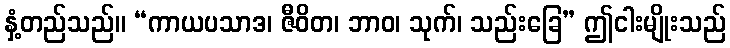
နှံ့တည်သည်။ “ကာယပသာဒ၊ ဇီဝိတ၊ ဘာဝ၊ သုက်၊ သည်းခြေ” ဤငါးမျိုးသည်